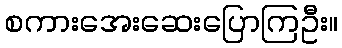
စကားအေးဆေးပြောကြဦး။